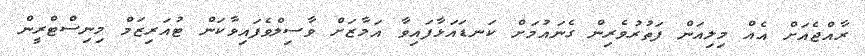
ރާއްޖެއަށް އެއް މިލިއަން ފަތުރުވެރިން ގެނައުމަށް ކަނޑައަޅާފައިވާ އަމާޒަށް ވާސިލްވެފައިވާކަން ޓުއަރިޒަމް މިނިސްޓްރީން